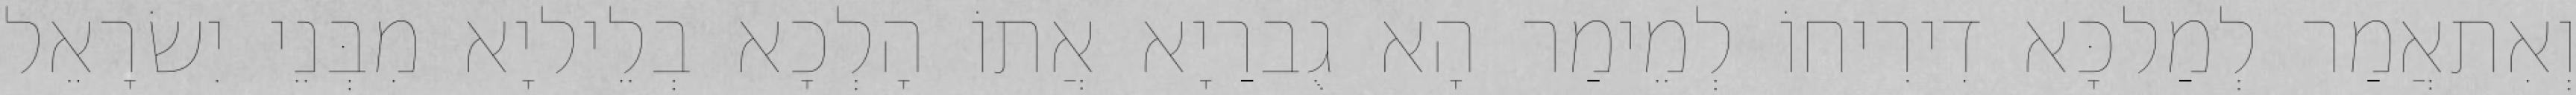
וְאִתאֲמַר לְמַלכָּא דִירִיחוֹ לְמֵימַר הָא גֻברַיָא אֲתוֹ הָלְכָא בְלֵיליָא מִבְּנֵי יִשׂרָאֵל